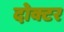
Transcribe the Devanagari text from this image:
दोक्टर